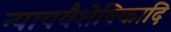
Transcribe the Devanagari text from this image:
न्यायवैशेषिकादि